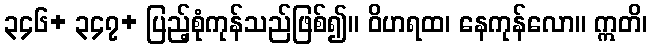
၃၄၆+ ၃၄၇+ ပြည့်စုံကုန်သည်ဖြစ်၍။ ဝိဟရထ၊ နေကုန်လော။ ဣတိ၊